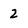
Character: 2